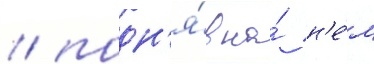
/ подн'я́в на́ н'е́м